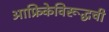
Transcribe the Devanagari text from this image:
आफ्रिकेविरूद्धची